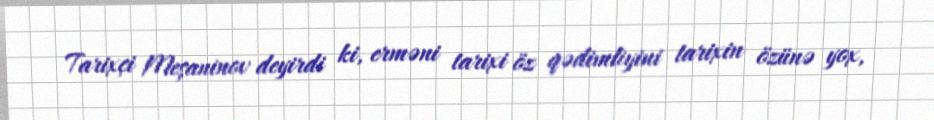
Tarixçi Meşaninov deyirdi ki, erməni tarixi öz qədimliyini tarixin özünə yox,